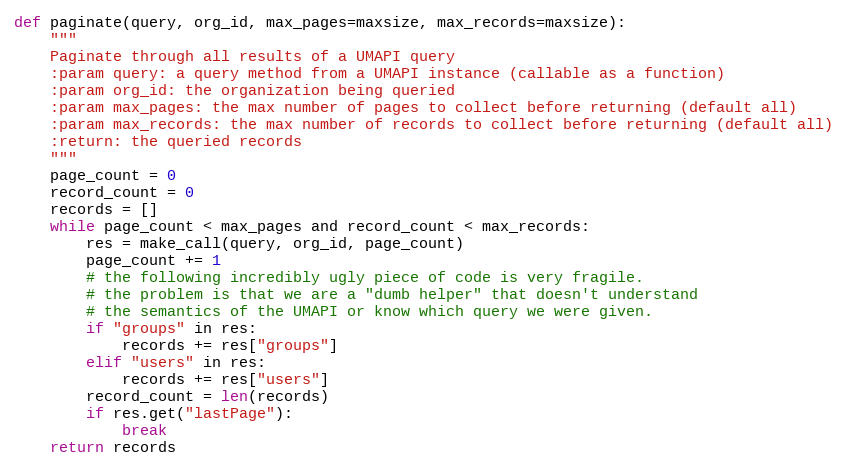
Language: Python
def paginate(query, org_id, max_pages=maxsize, max_records=maxsize):
    """
    Paginate through all results of a UMAPI query
    :param query: a query method from a UMAPI instance (callable as a function)
    :param org_id: the organization being queried
    :param max_pages: the max number of pages to collect before returning (default all)
    :param max_records: the max number of records to collect before returning (default all)
    :return: the queried records
    """
    page_count = 0
    record_count = 0
    records = []
    while page_count < max_pages and record_count < max_records:
        res = make_call(query, org_id, page_count)
        page_count += 1
        # the following incredibly ugly piece of code is very fragile.
        # the problem is that we are a "dumb helper" that doesn't understand
        # the semantics of the UMAPI or know which query we were given.
        if "groups" in res:
            records += res["groups"]
        elif "users" in res:
            records += res["users"]
        record_count = len(records)
        if res.get("lastPage"):
            break
    return records